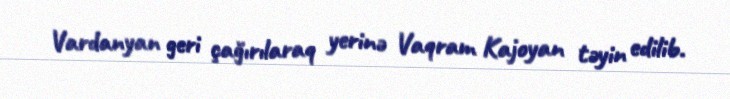
Vardanyan geri çağırılaraq yerinə Vaqram Kajoyan təyin edilib.